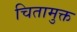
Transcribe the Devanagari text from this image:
चितामुक्त